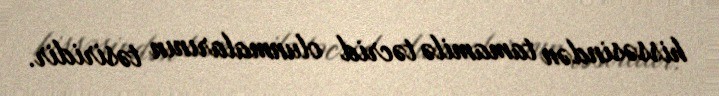
hissəsindən tamamilə təcrid olunmalarının təsiridir.